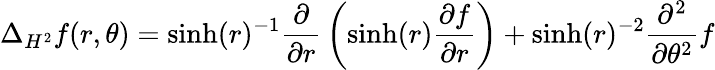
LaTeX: \Delta_{H^{2}}f(r,\theta)=\sinh(r)^{-1}{\frac{\partial}{\partial r}}\left(\sinh(r){\frac{\partial f}{\partial r}}\right)+\sinh(r)^{-2}{\frac{\partial^{2}}{\partial\theta^{2}}}f